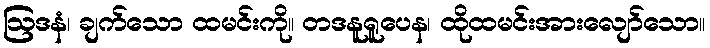
ဩဒနံ၊ ချက်သော ထမင်းကို။ တဒနူရူပေန၊ ထိုထမင်းအားလျော်သော။